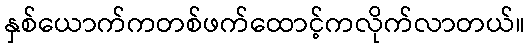
နှစ်ယောက်ကတစ်ဖက်ထောင့်ကလိုက်လာတယ်။